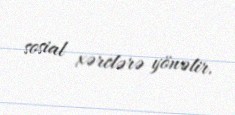
sosial xərclərə yönəlir.